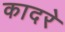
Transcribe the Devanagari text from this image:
कादरे